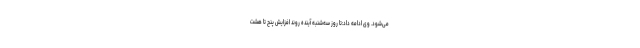
می‌شود. وی ادامه داد:تا روز سه‌شنبه آینده روند افزایش پنج تا هشت